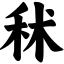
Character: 秫